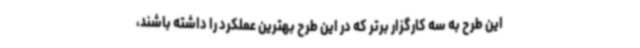
این طرح به سه کارگزار برتر که در این طرح بهترین عملکرد را داشته باشند،